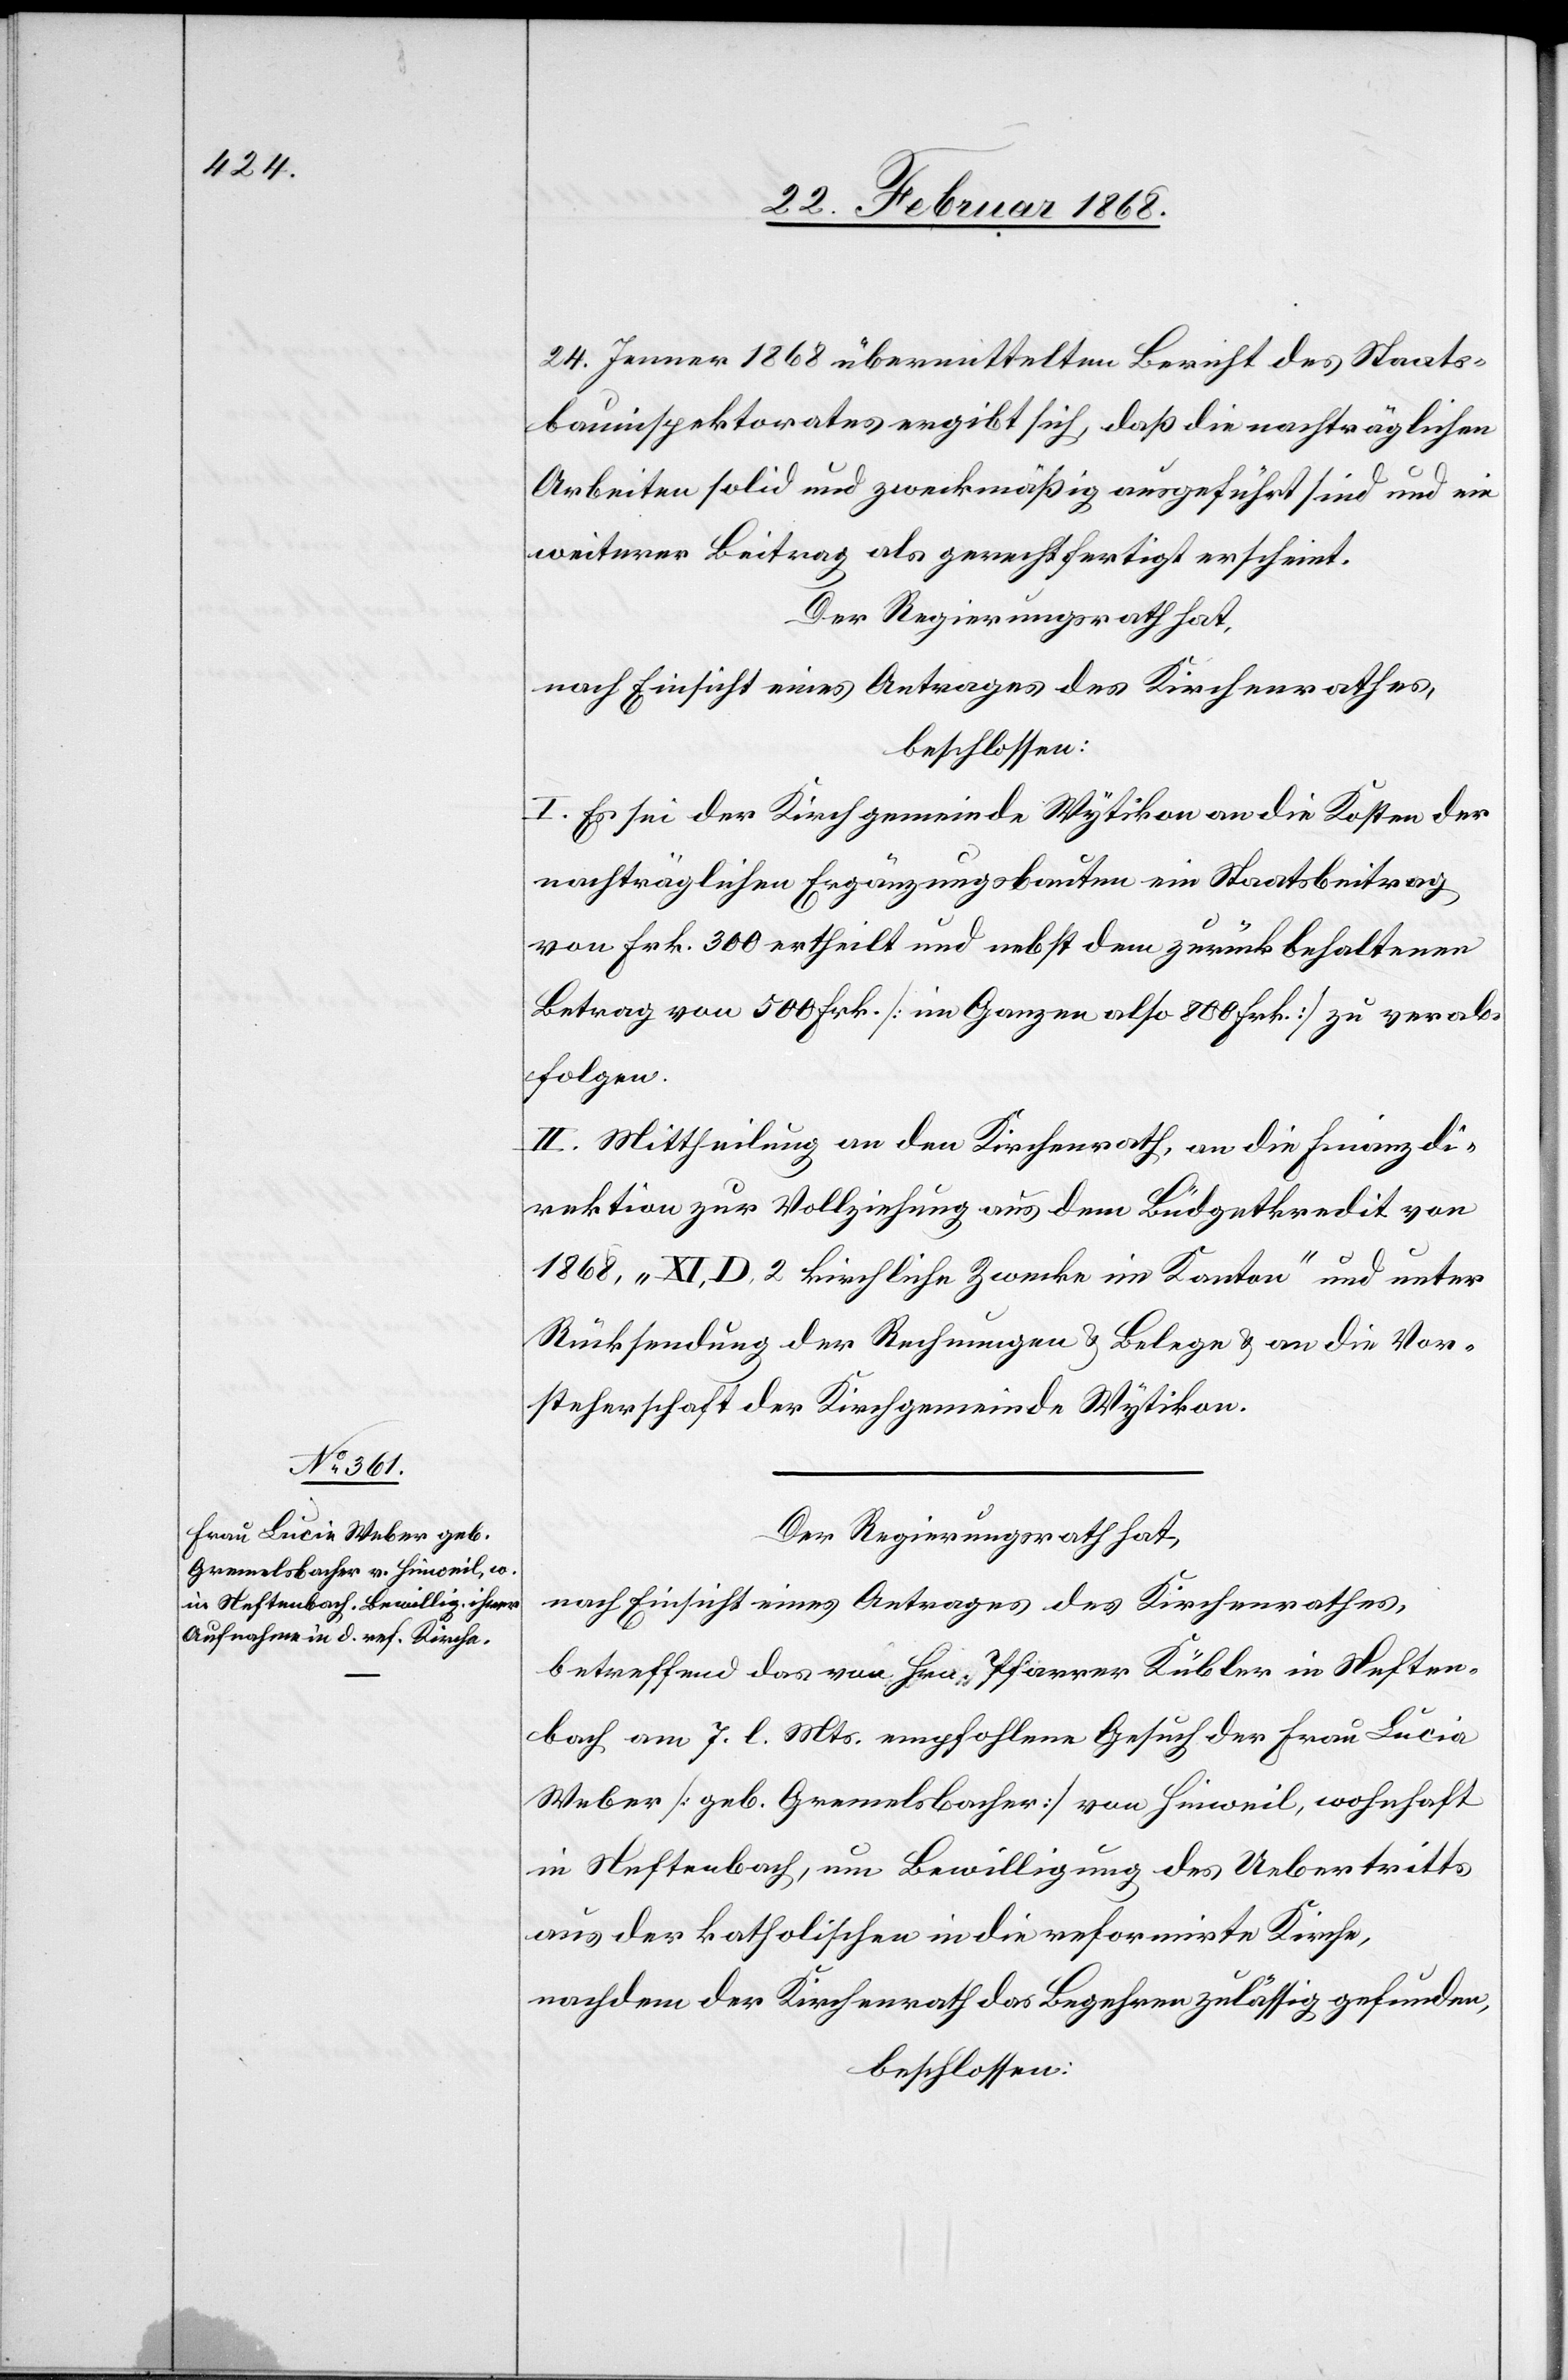
24. Jenner 1868 übermittelten Bericht des Staats¬
bauinspektorates ergibt sich, daß die nachträglichen
Arbeiten solid und zweckmäßig ausgeführt sind und ein
weiterer Beitrag als gerechtfertigt erscheint.
Der Regierungsrath hat,
nach Einsicht eines Antrages des Kirchenrathes,
beschlossen:
I. Es sei der Kirchgemeinde Wytikon an die Kosten der
nachträglichen Ergänzungsbauten ein Staatsbeitrag
von Frk. 300 ertheilt und nebst dem zurückbehaltenen
Betrag von 500 Frk. [im Ganzen also 800 Frk.] zu verab¬
folgen.
II. Mittheilung an den Kirchenrath, an die Finanzdi¬
rektion zur Vollziehung aus dem Büdgetkredit von
1868, „XI, D, 2 kirchliche Zwecke im Kanton“ und unter
Rücksendung der Rechnungen & Belege & an die Vor¬
steherschaft der Kirchgemeinde Wytikon.
Der Regierungsrath hat,
nach Einsicht eines Antrages des Kirchenrathes,
betreffend das von Hrn. Pfarrer Kübler in Neften¬
bach am 7. l. Mts. empfohlene Gesuch der Frau Lucia
Weber [geb. Gremelsbacher] von Hinweil, wohnhaft
in Neftenbach, um Bewilligung des Uebertritts
aus der katholischen in die reformirte Kirche,
nachdem der Kirchenrath das Begehren zulässig gefunden,
beschlossen: